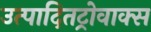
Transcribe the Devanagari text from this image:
उत्पादितट्रोवाक्स